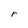
Character: r